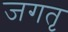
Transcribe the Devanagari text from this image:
जगतृ